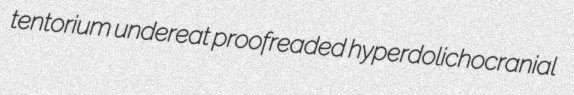
tentorium undereat proofreaded hyperdolichocranial